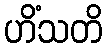
ဟိံသတိ